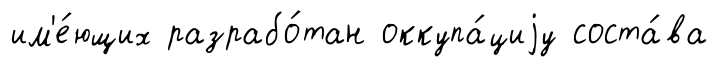
им'е́ющих разрабо́тан оккупа́циjу соста́ва